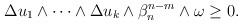
LaTeX: \begin{align*}\begin{aligned}\Delta u_1\wedge\dots\wedge\Delta u_k\wedge\beta_n^{n-m}\wedge\omega\geq 0.\end{aligned}\end{align*}